Annual administration report of the Civil Veterinary Department of India - 1897-1898
Year: 1897
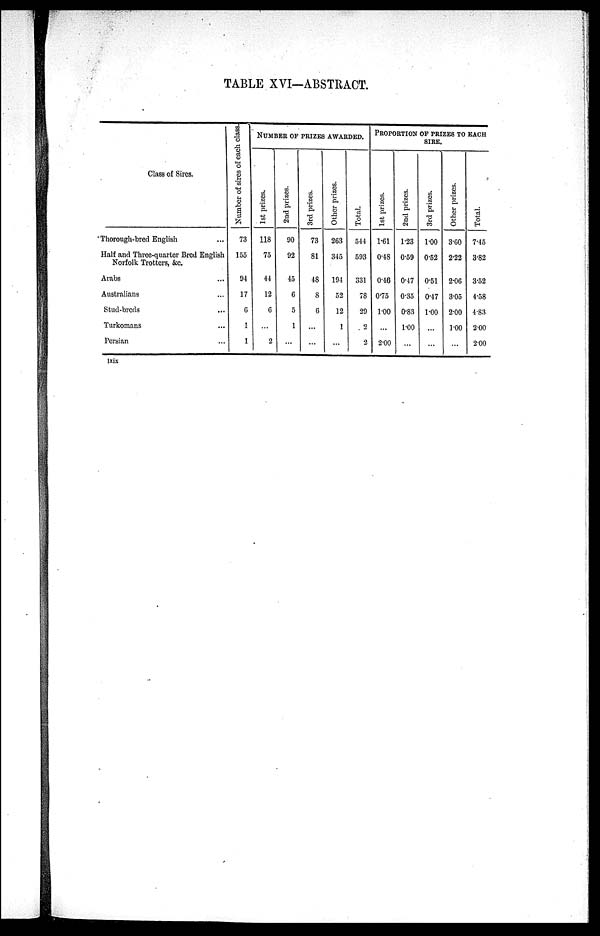
TABLE XVI—ABSTRACT.
Class of Sires.
Thorough—bred English ...
Half and Three—quarter Bred English
Norfolk Trotters, &c.
Arabs ...
Australians ...
Stud—breds ...
Turkomans ...
Persian ...
Number of sires of each class.
73
155
94
17
6
1
1
NUMBER OF PRIZES AWARDED.
1st prizes.
118
75
44
12
6
...
2
2nd prizes.
90
92
45
6
5
1
...
3rd prizes.
73
81
48
8
6
...
...
Other prizes.
263
345
194
52
12
1
...
Total.
544
593
331
78
29
2
2
PROPORTION OF PRIZES TO EACH
SIRE.
1st prizes.
1.61
0.48
0.46
0.75
1.00
...
2.00
2nd prizes.
1.23
0.59
0.47
0.35
0.83
1.00
...
3rd prizes.
1.00
0.52
0.51
0.47
1.00
...
...
Other prizes.
3.60
2.22
2.06
3.05
2.00
1.00
...
Total.
7.45
3.82
3.52
4.58
4.83
2.00
2.00
lxix